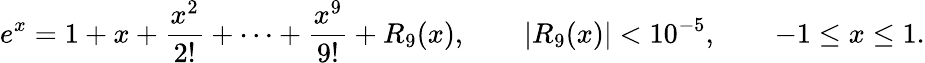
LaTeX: e^{x}=1+x+{\frac{x^{2}}{2!}}+\cdots+{\frac{x^{9}}{9!}}+R_{9}(x),\qquad|R_{9}(x)|<10^{-5},\qquad-1\leq x\leq 1.